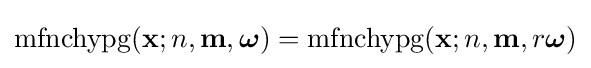
\operatorname {mfnchypg} (\mathbf {x} ;n,\mathbf {m} ,{\boldsymbol {\omega }})=\operatorname {mfnchypg} (\mathbf {x} ;n,\mathbf {m} ,r{\boldsymbol {\omega }})